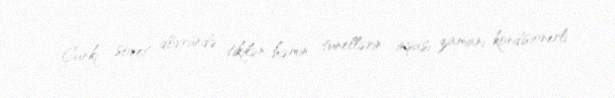
Çünki sovet dövründə tikilən həmin tunellərin inşası zamanı kondisionerli